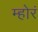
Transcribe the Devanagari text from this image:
म्होरं